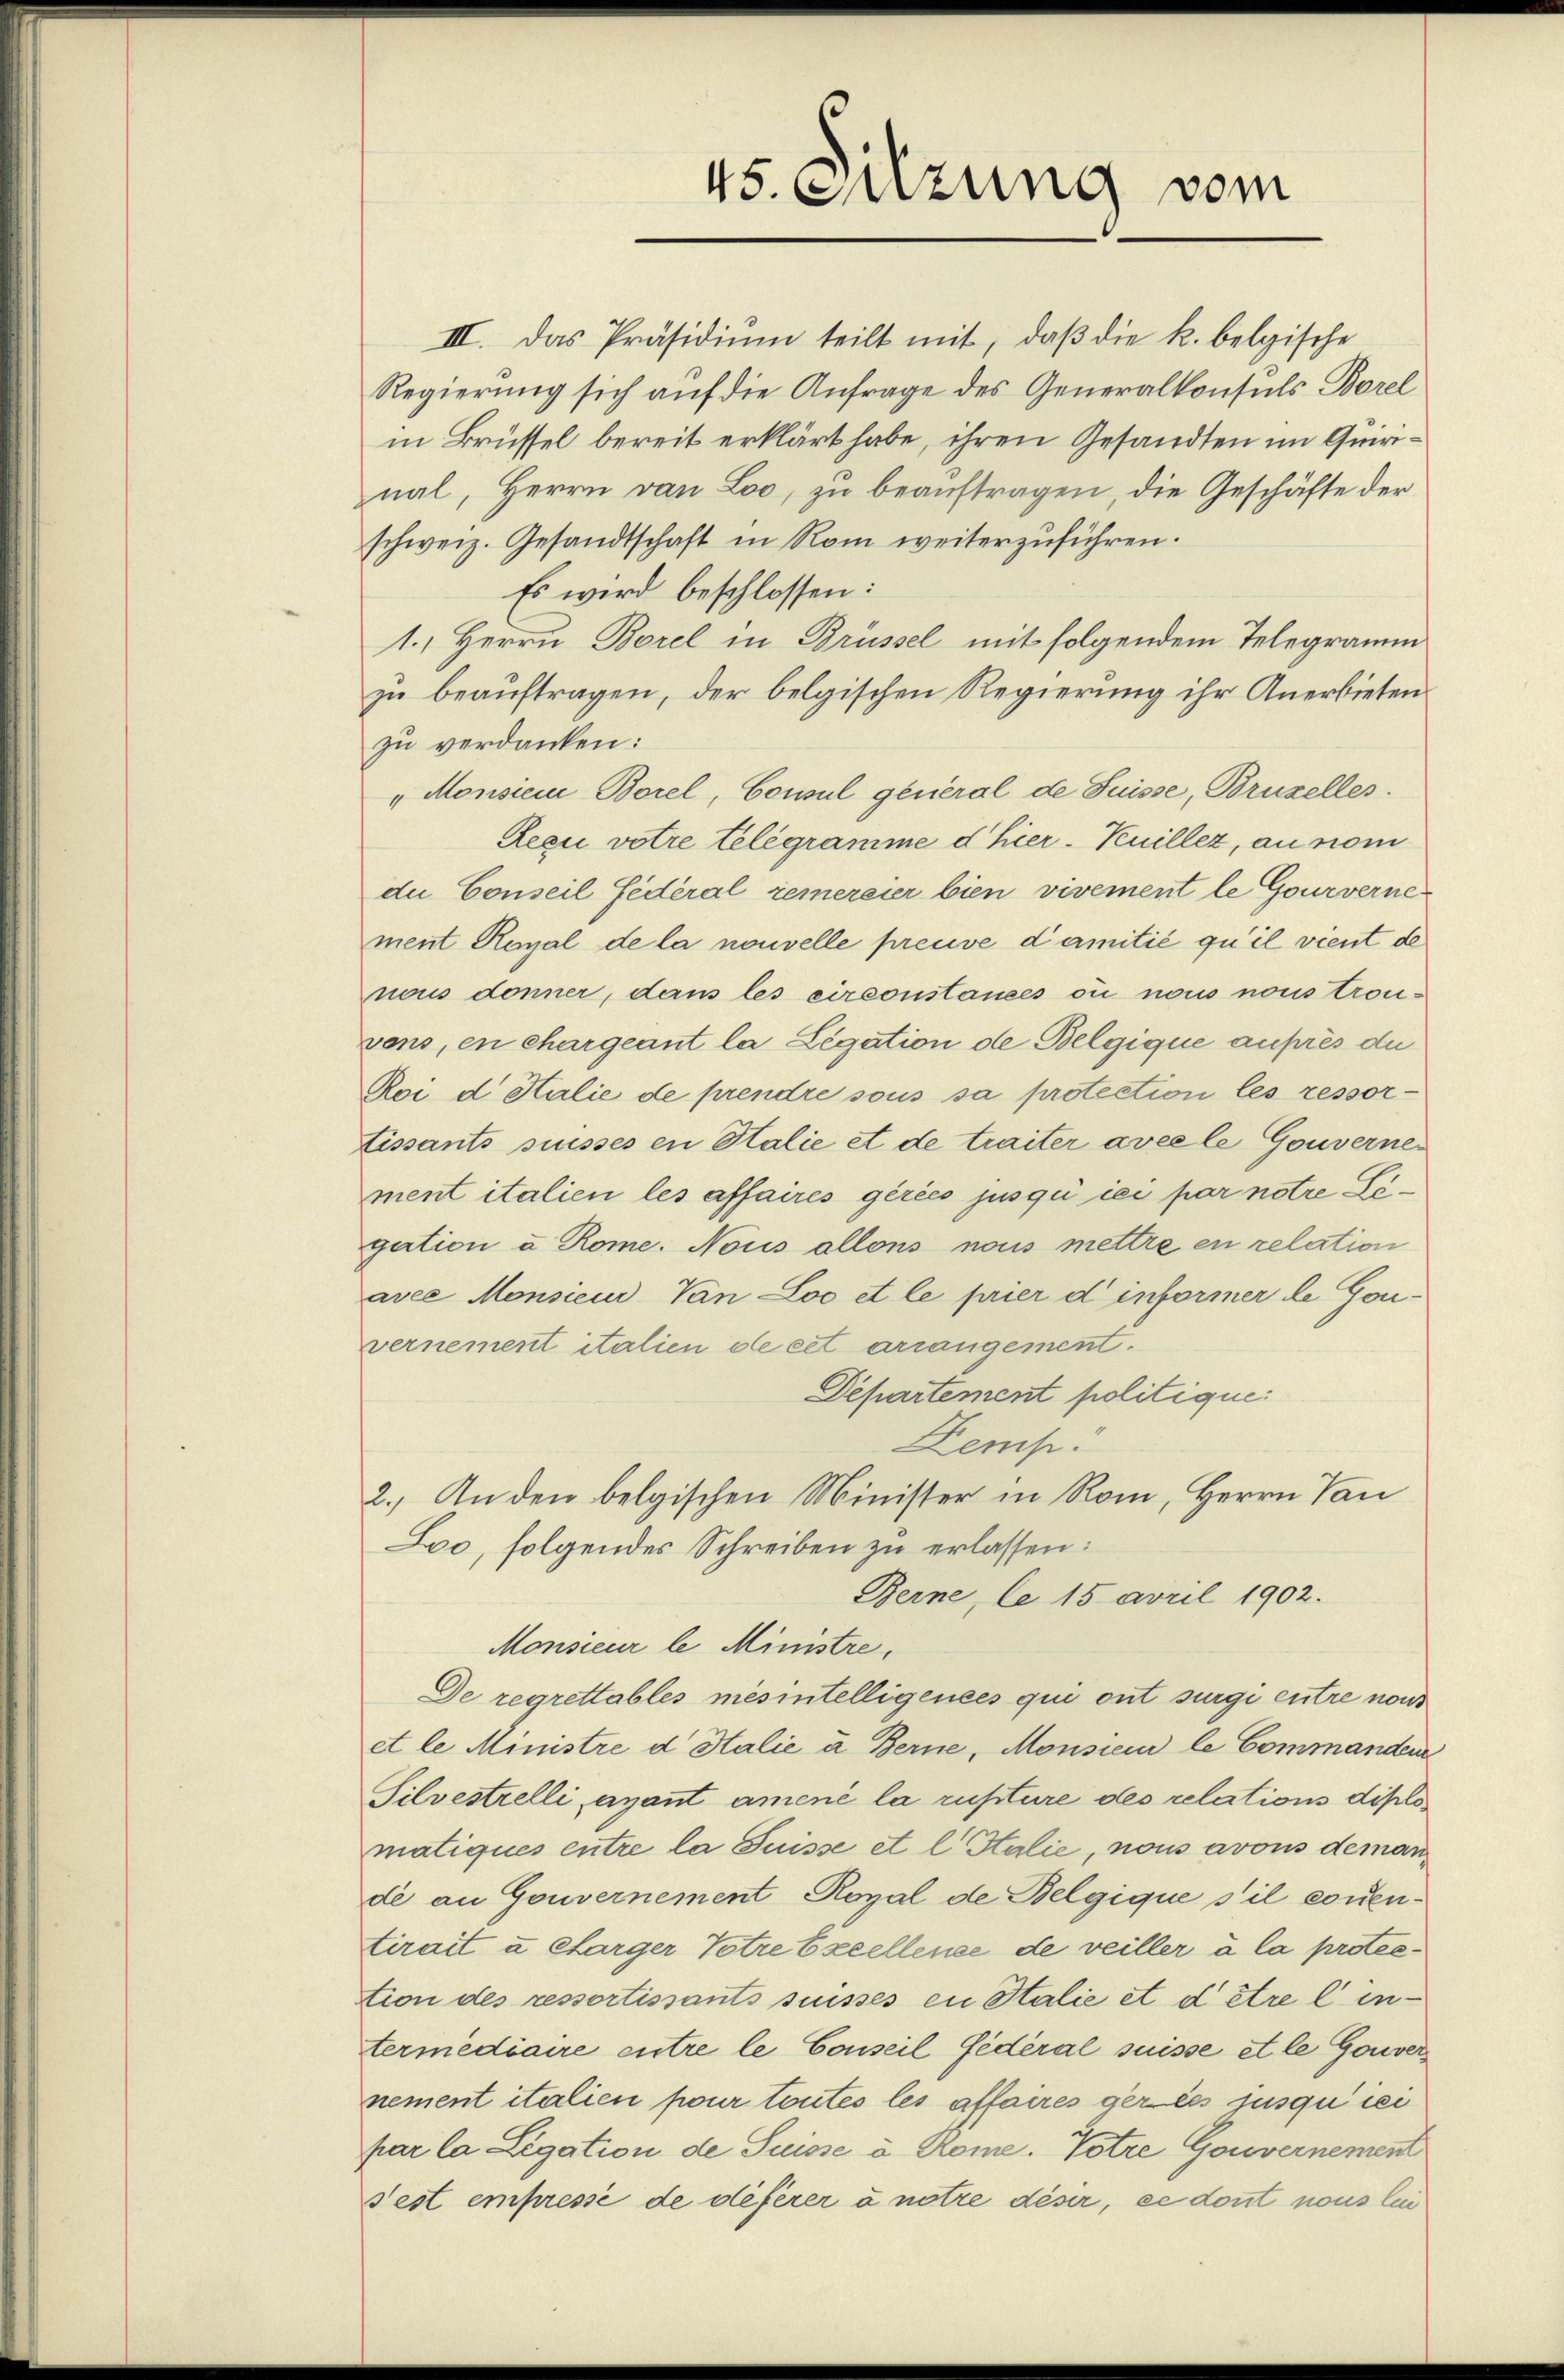
III. Das Präsidium teilt mit, daβ die k. belgische
Regierung sich auf die Anfrage des Generalkonsuls Borel
in Brüssel bereit erklärt habe, ihren Gesandten im Quirinal, Herrn von Loo, zu beauftragen, die Geschäfte der
schweiz. Gesandtschaft in Rom weiterzuführen.
Es wird beschlossen:
1.) Herrn Borel in Brüssel mit folgendem Telegramm
zu beauftragen, der belgischen Regierung ihr Anerbietenzu verdanken:
„Monsien Borel, Consul general de Suisse, Bruzelles.
Recu votre telegramme d hier-Veuillez, au nom
die Conseil fédéral jemereier bien vivement le Gouvernement Royal de la nouvelle preuve damitié qu’il vient de
nous donner, dans les circonstances ou nous nous trou-
vons, en chargeant la Legation de Belgique auprès du
Roi d Halie de prendre sous sa protection les ressortissants suisses en Halie et de traiter avec le Gouvernement italien les affaires gérées jusquiici par notre Lögation u Rome. Nous allons nous mettre en relation
avee Monsieur, Van Loo et le pier d informer le Gouvernement italien de cet arrangement.
Departement politique.
Demp:
2.) An den belgischen Minister in Rom, Herrn Van
Loo, folgendes Schreiben zu erlassen:
Berne, le 15 April 1902.
Monsieur le Ministre,
De regrettables mesintelligences qui ont surgi entre nous
et le Ministre d. Halie u. Berne, Monsieur le Commandeur
Silvestrelli, ayant amené la rupture des relations diplo
matiques entre la Suisse et l. Stalie, nous avous deman
de an Gouvernement Royal de Belgique s’il conentirait u Carger Totre Excellence de veiller à la protestion des ressortissants suisses in Stalie et d’être lintermédiaire entre le Conseil fédéral suisse et le Gouver
nement italien pour toutes les affaires geries jusquisi
par la Legation de Suisse u. Rome. Totre Gouvernement
Fest empressé de dieferer à notre diser, ce dont nous le

45. Sitzung vom